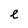
Character: e